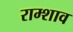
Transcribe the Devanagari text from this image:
राम्शाव